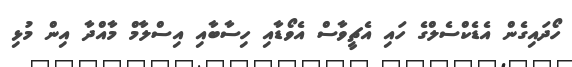
ހޯދައިގެން އެޑެކްސެލްގެ ހައި އެޗީވާސް އެވޯޑާއި ހިސާބާއި އިސްލާމް މާއްދާ އިން މުޅި